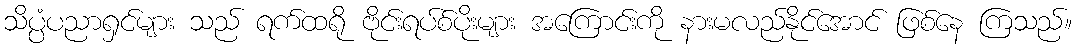
သိပ္ပံပညာရှင်များ သည် ရက်ထရို ဗိုင်းရပ်စ်ပိုးများ အကြောင်းကို နားမလည်နိုင်အောင် ဖြစ်နေ ကြသည်။